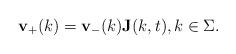
LaTeX: \begin{align*}\mathbf{v}_{+}(k)=\mathbf{v}_{-}(k)\mathbf{J}(k,t),k\in\Sigma.\end{align*}